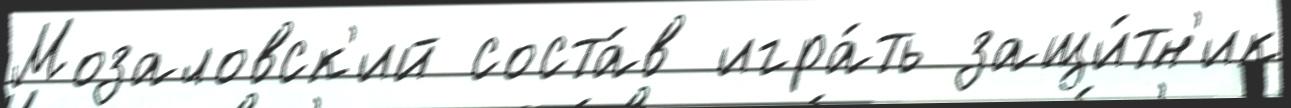
Мозаловск'ий соста́в игра́ть защи́тн'ик